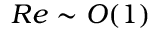
R e \sim O ( 1 )